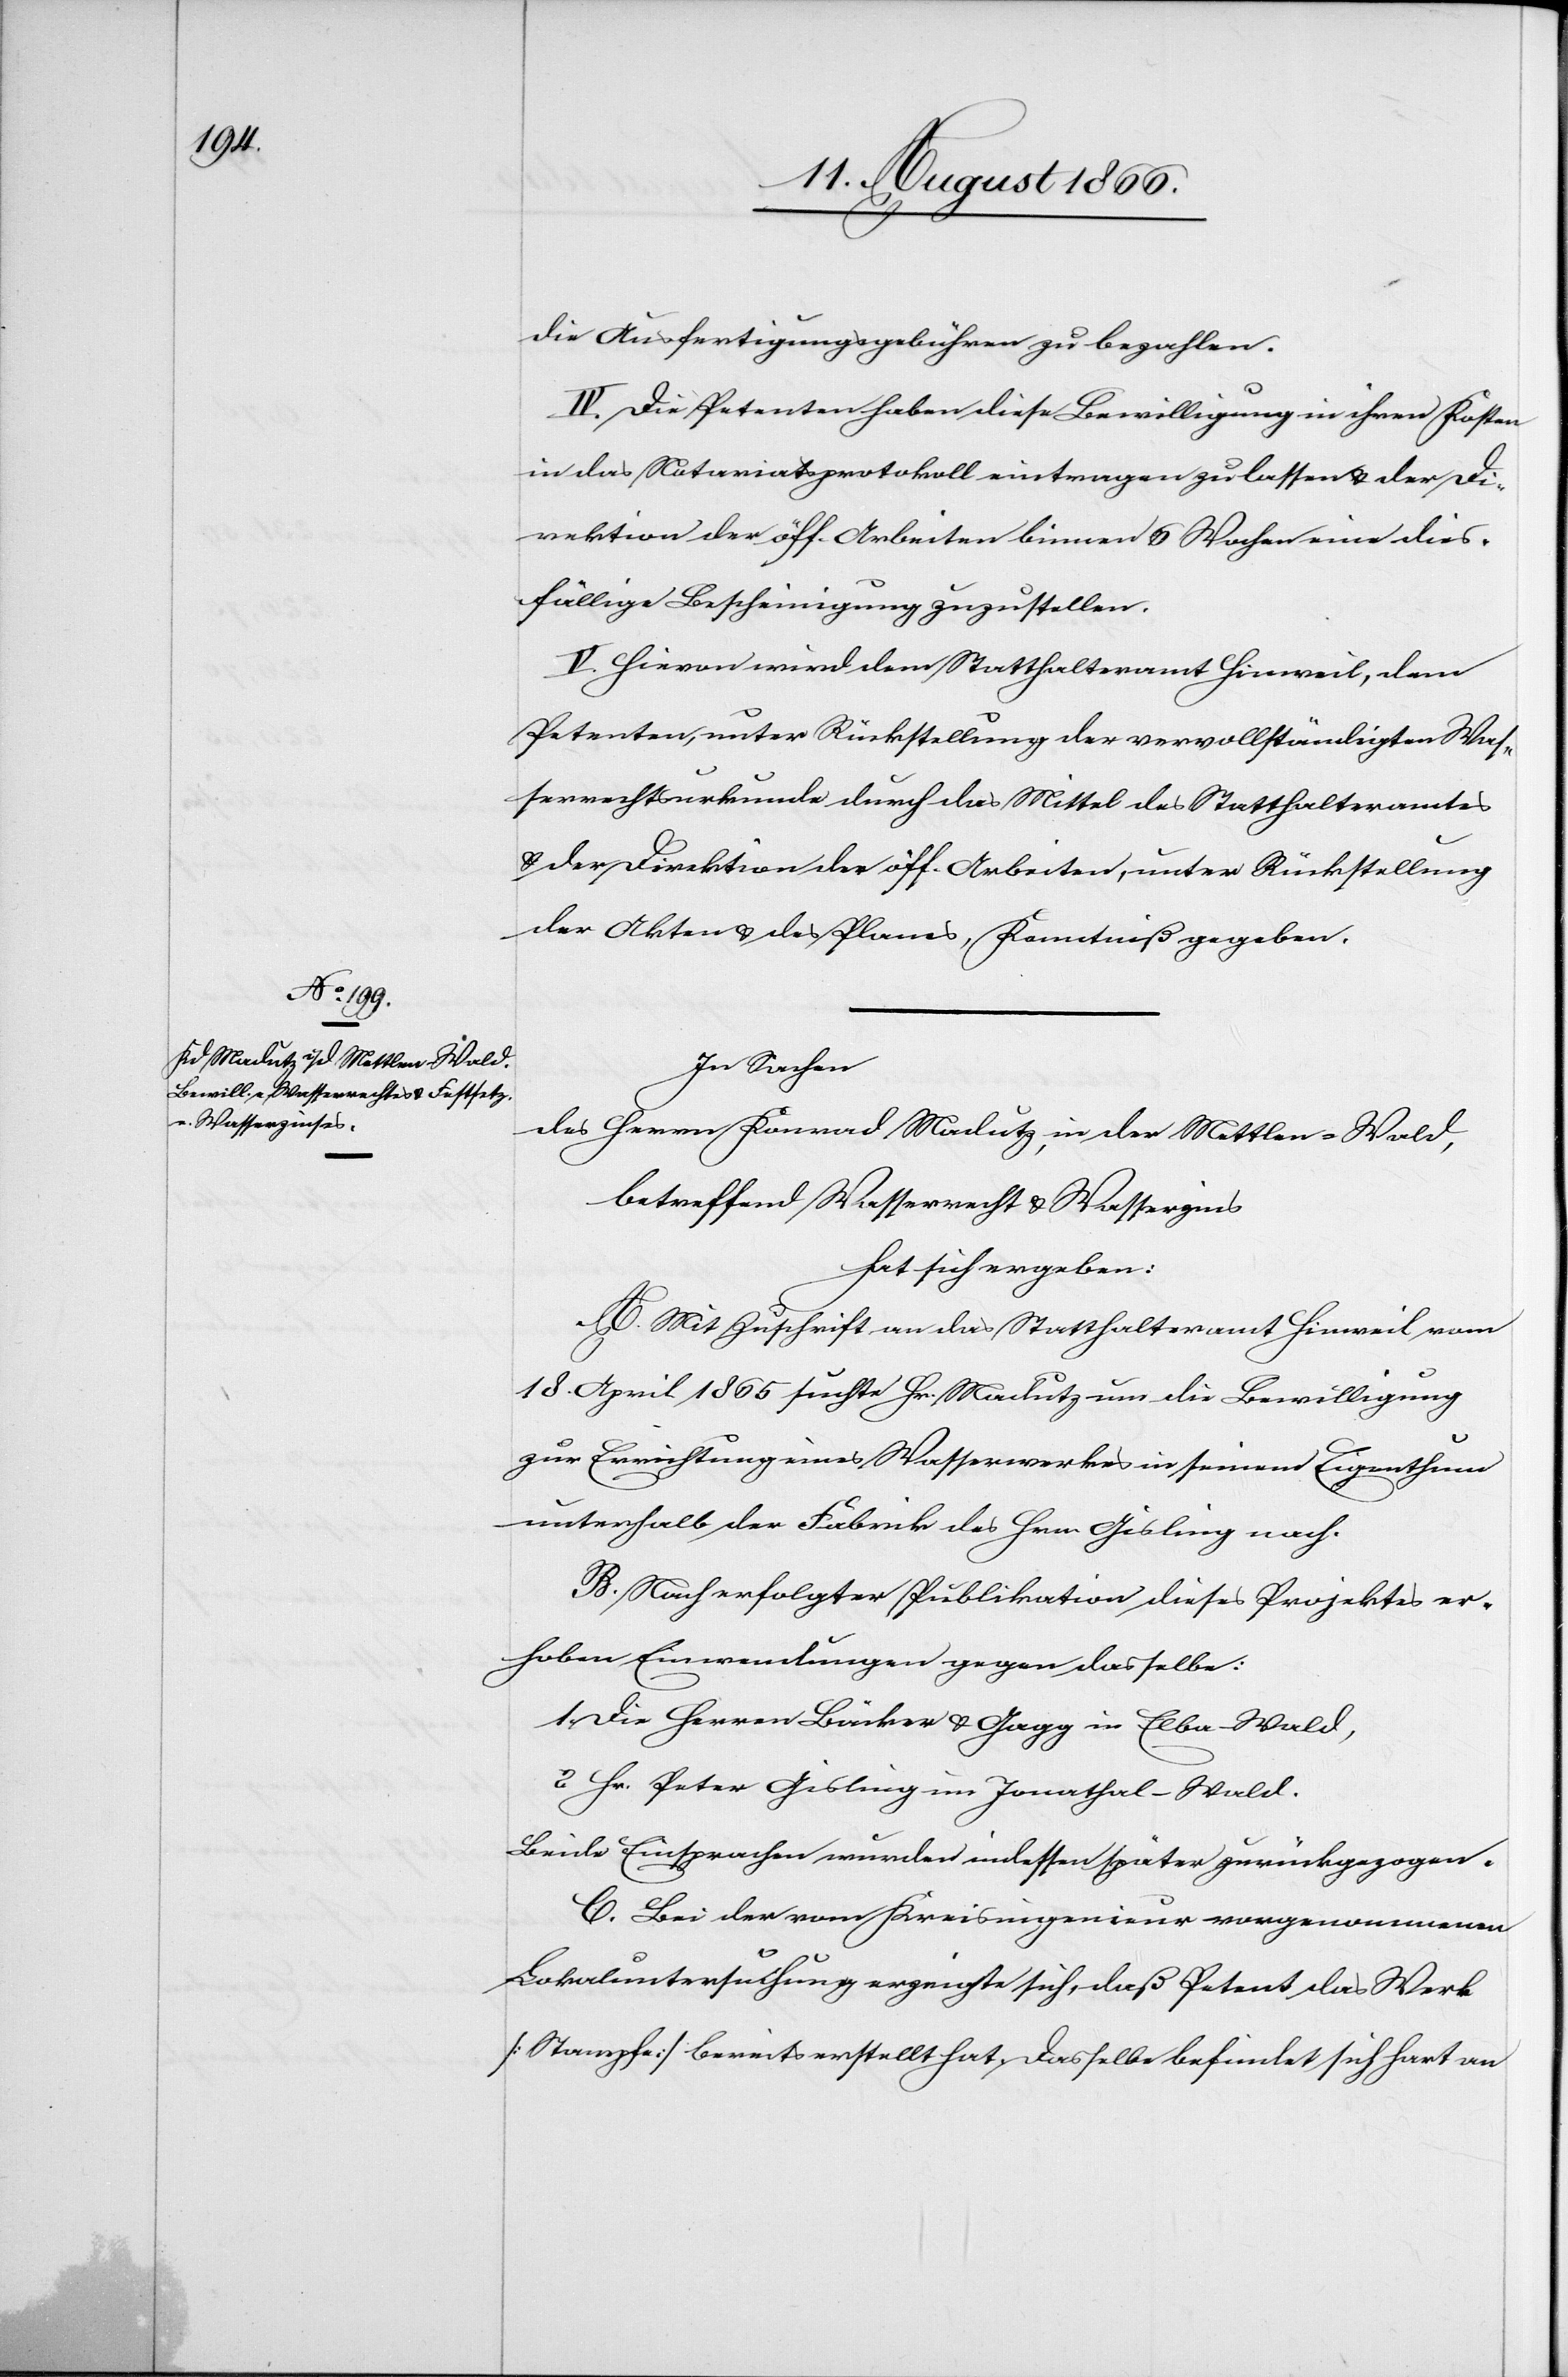
die Ausfertigungsgebühren zu bezahlen.
IV. Die Petenten haben diese Bewilligung in ihren Kosten
in das Notariatsprotokoll eintragen zu lassen u. der Di¬
rektion der öff. Arbeiten binnen 6 Wochen eine dies¬
fällige Bescheinigung zuzustellen.
V. Hievon wird dem Statthalteramte Hinweil, dem
Petenten, unter Rückstellung der vervollständigten Was¬
serrechtsurkunde durch das Mittel des Statthalteramtes
u. der Direktion der öff. Arbeiten unter Rückstellung
der Akten u. des Planes, Kenntniß gegeben.
In Sachen
des Herrn Konrad Madutz, in der Mettlen-Wald,
betreffend Wasserrecht u. Wasserzins
hat sich ergeben:
A. Mit Zuschrift an das Statthalteramt Hinweil vom
18. April 1865 suchte Hr. Madutz um die Bewilligung
zur Errichtung eines Wasserwerkes in seinem Eigenthum
unterhalb der Fabrik des Hrn. Gisling nach.
B. Nach erfolgter Publikation dieses Projektes er¬
hoben Einwendungen gegen dasselbe:
1. Die Herren Bäcker u. Gogg in Elba-Wald,
2. Hr. Peter Gisling im Jonathal-Wald.
Beide Einsprachen wurden indessen später zurückgezogen.
C. Bei der vom Kreisingenieur vorgenommenen
Lokaluntersuchung erzeigte sich, daß Petent das Werk
[Stampfe] bereits erstellt hat. Dasselbe befindet sich hart an